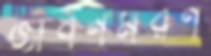
জীবনমরণ